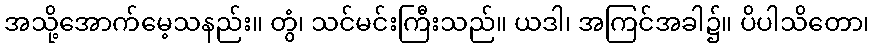
အသို့အောက်မေ့သနည်း။ တွံ၊ သင်မင်းကြီးသည်။ ယဒါ၊ အကြင်အခါ၌။ ပိပါသိတော၊